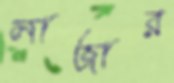
লাজার